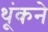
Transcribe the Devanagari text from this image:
थूंकने